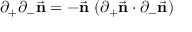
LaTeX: \partial _ { + } \partial _ { - } { \vec { \bf n } } = - { \vec { \bf n } } \, \, ( \partial _ { + } { \vec { \bf n } } \cdot \partial _ { - } { \vec { \bf n } } )